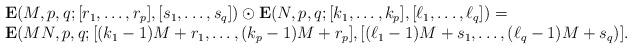
LaTeX: \begin{align*}\begin{array}{l}\mathbf E(M,p,q;[r_1,\dots,r_p],[s_1,\dots,s_q])\odot\mathbf E(N,p,q;[k_1,\dots,k_p],[\ell_1,\dots,\ell_q])=\\\mathbf E(MN,p,q;[(k_1-1)M+r_1,\dots,(k_p-1)M+r_p],[(\ell_1-1)M+s_1,\dots,(\ell_q-1)M+s_q)].\end{array}\end{align*}